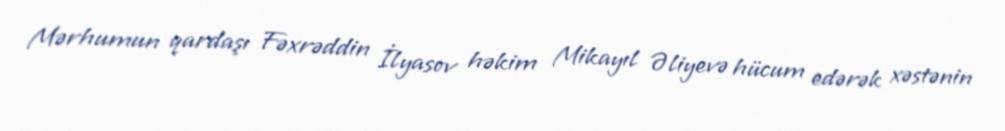
Mərhumun qardaşı Fəxrəddin İlyasov həkim Mikayıl Əliyevə hücum edərək xəstənin